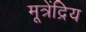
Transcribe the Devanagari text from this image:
मूत्रेंद्रिय